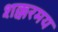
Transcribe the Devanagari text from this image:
शक्करमय